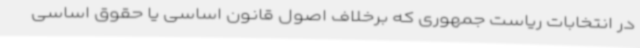
در انتخابات ریاست جمهوری که برخلاف اصول قانون اساسی یا حقوق اساسی